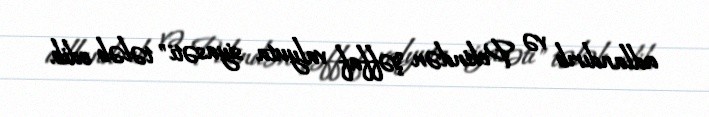
adlandırıb və Pekindən "şəffaf valyuta siyasəti" tələb edib.